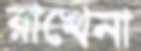
রাখেনা